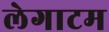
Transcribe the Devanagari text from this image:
लेगाटम